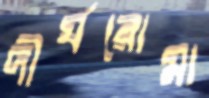
দীর্ঘরোমা